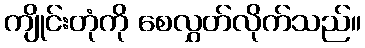
ကျိုင်းတုံကို စေလွှတ်လိုက်သည်။